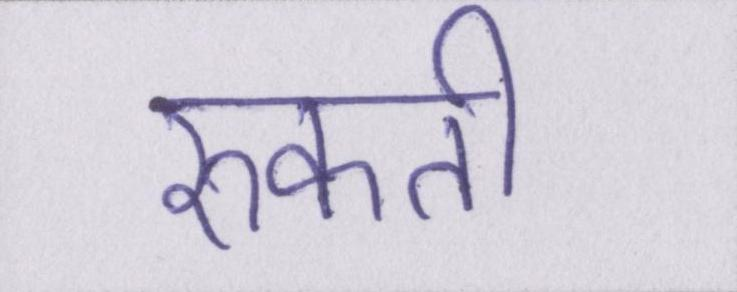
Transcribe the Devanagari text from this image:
रुकती